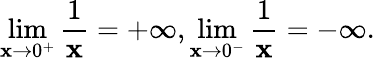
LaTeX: \operatorname*{lim}_{\mathbf{x}\to0^{+}}{\frac{{1}}{{\mathbf{x}}}}=+\infty,\operatorname*{lim}_{\mathbf{x}\to0^{-}}{\frac{{1}}{{\mathbf{x}}}}=-\infty.